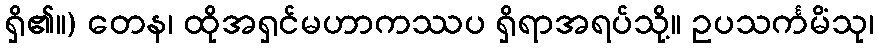
ရှိ၏။) တေန၊ ထိုအရှင်မဟာကဿပ ရှိရာအရပ်သို့။ ဥပသင်္ကမိံသု၊